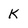
Character: k